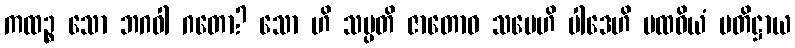
ကထဉ္စ သော ဘဂဝါ ဂတော? သော ဟိ သမ္ပတိ ဇာတောဝ သမေဟိ ပါဒေဟိ ပထဝိယံ ပတိဋ္ဌာယ